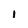
Character: 1